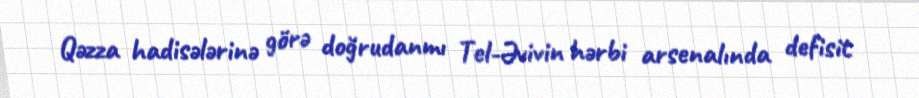
Qəzza hadisələrinə görə doğrudanmı Tel-Əvivin hərbi arsenalında defisit